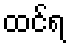
ထင်ရ